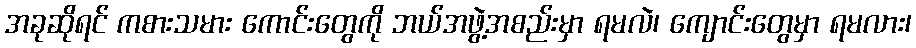
အခုဆိုရင် ကစားသမား ကောင်းတွေကို ဘယ်အဖွဲ့အစည်းမှာ ရမလဲ၊ ကျောင်းတွေမှာ ရမလား၊